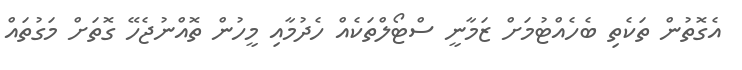
އެގޮތުން ތަކެތި ބެހެއްޓުމަށް ޒަމާނީ ސްޓޯލްތަކެއް ހެދުމާއި މީހުން ތޮއްނުޖެހޭ ގޮތަށް މަގުތައް